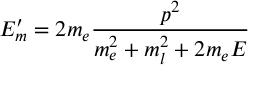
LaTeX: E _ { m } ^ { \prime } = 2 m _ { e } { \frac { p ^ { 2 } } { m _ { e } ^ { 2 } + m _ { l } ^ { 2 } + 2 m _ { e } E } }